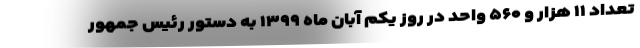
تعداد ۱۱ هزار و ۵۶۰ واحد در روز یکم آبان ماه ۱۳۹۹ به دستور رئیس جمهور